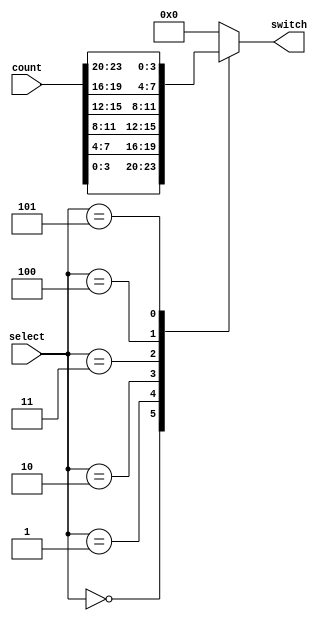
`timescale 1ns / 1ps
//////////////////////////////////////////////////////////////////////////////////
// Company: 
// Engineer: 
// 
// Design Name: 
// Module Name: Mux_Switches
// Project Name: 
// Target Devices: 
// Tool Versions: 
// Description: 
// 
// Dependencies: 
// 
// Revision:
// Revision 0.01 - File Created
// Additional Comments:
// 
//////////////////////////////////////////////////////////////////////////////////

//controls which data coming from total time counter will be sent to our decoder to be displayed on the board


module Mux( //BCD control
    input [23:0] count,
    input [2:0] select, //input driven by Counter
    output reg [3:0] switch //output that is sent to decoder
    );
    
always@(*)
    case(select)
        3'b000: switch = count[3:0]; //corresponds with right seconds
        3'b001: switch = count[7:4]; //corresponds with left seconds
        3'b010: switch = count[11:8]; //corresponds with right minutes
        3'b011: switch = count[15:12]; //corresponds with left minutes
        3'b100: switch = count[19:16]; //corresponds with right hours
        3'b101: switch = count[23:20]; //corresponds with left hours
        default: switch = 4'b0;
     endcase
endmodule